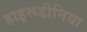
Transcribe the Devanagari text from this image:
हाइरूडीनिया